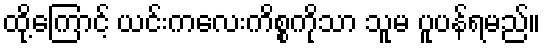
ထို့ကြောင့် ယင်းကလေးကိစ္စကိုသာ သူမ ပူပန်ရမည်။